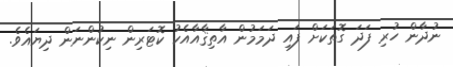
ނުދާން ހުރި ފަދަ ގޮތަކަށް ފައި ދަމަމުން އާތިޤާއާއެކު ކޮޓަރިން ނިކުންނަން ދިޔައެވެ.